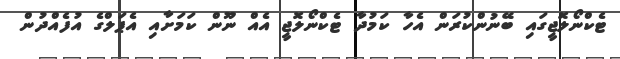
ޓެކްނޯލޮޖީގައި ބޭނުންކުރަން އެހާ ކަމުދާ ޓެކްނޯލޮޖީ އެއް ނޫން ކަމަށާއި އެޕަލްގެ އުފެއްދުން